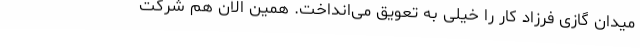
میدان گازی فرزاد کار را خیلی به تعویق می‌انداخت. همین الان هم شرکت